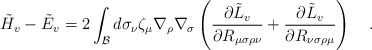
\begin{align*}\tilde{H}_{v}-\tilde{E}_{v}=2\int_{\cal B}d\sigma_\nu\zeta_\mu\nabla_\rho\nabla_\sigma\left({\partial {\tilde L}_v \over \partial R_{\mu\sigma\rho\nu}}+{\partial {\tilde L}_v \over \partial R_{\nu\sigma\rho\mu}}\right)~~~.\end{align*}